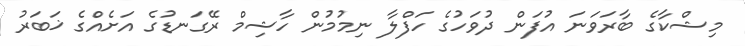
މިޝްކާގެ ބާރަވަނަ އުފަން ދުވަހުގެ ހަފްލާ ނިމުމުން ހާޝިމް ރޭގަނޑުގެ އަށެއްގެ ޚަބަރު